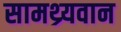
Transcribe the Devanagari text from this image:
सामथ्र्यवान